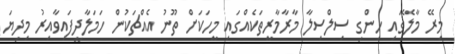
މިރޭ މާލޭގައި ހިންގި ސިލްސިލާ މާރާމާރީތަކެއްގައި މީހަކަށް ތޫނު އެއްޗަކުން ހަމަލާދީފައިވާއިރު މިދިޔަ